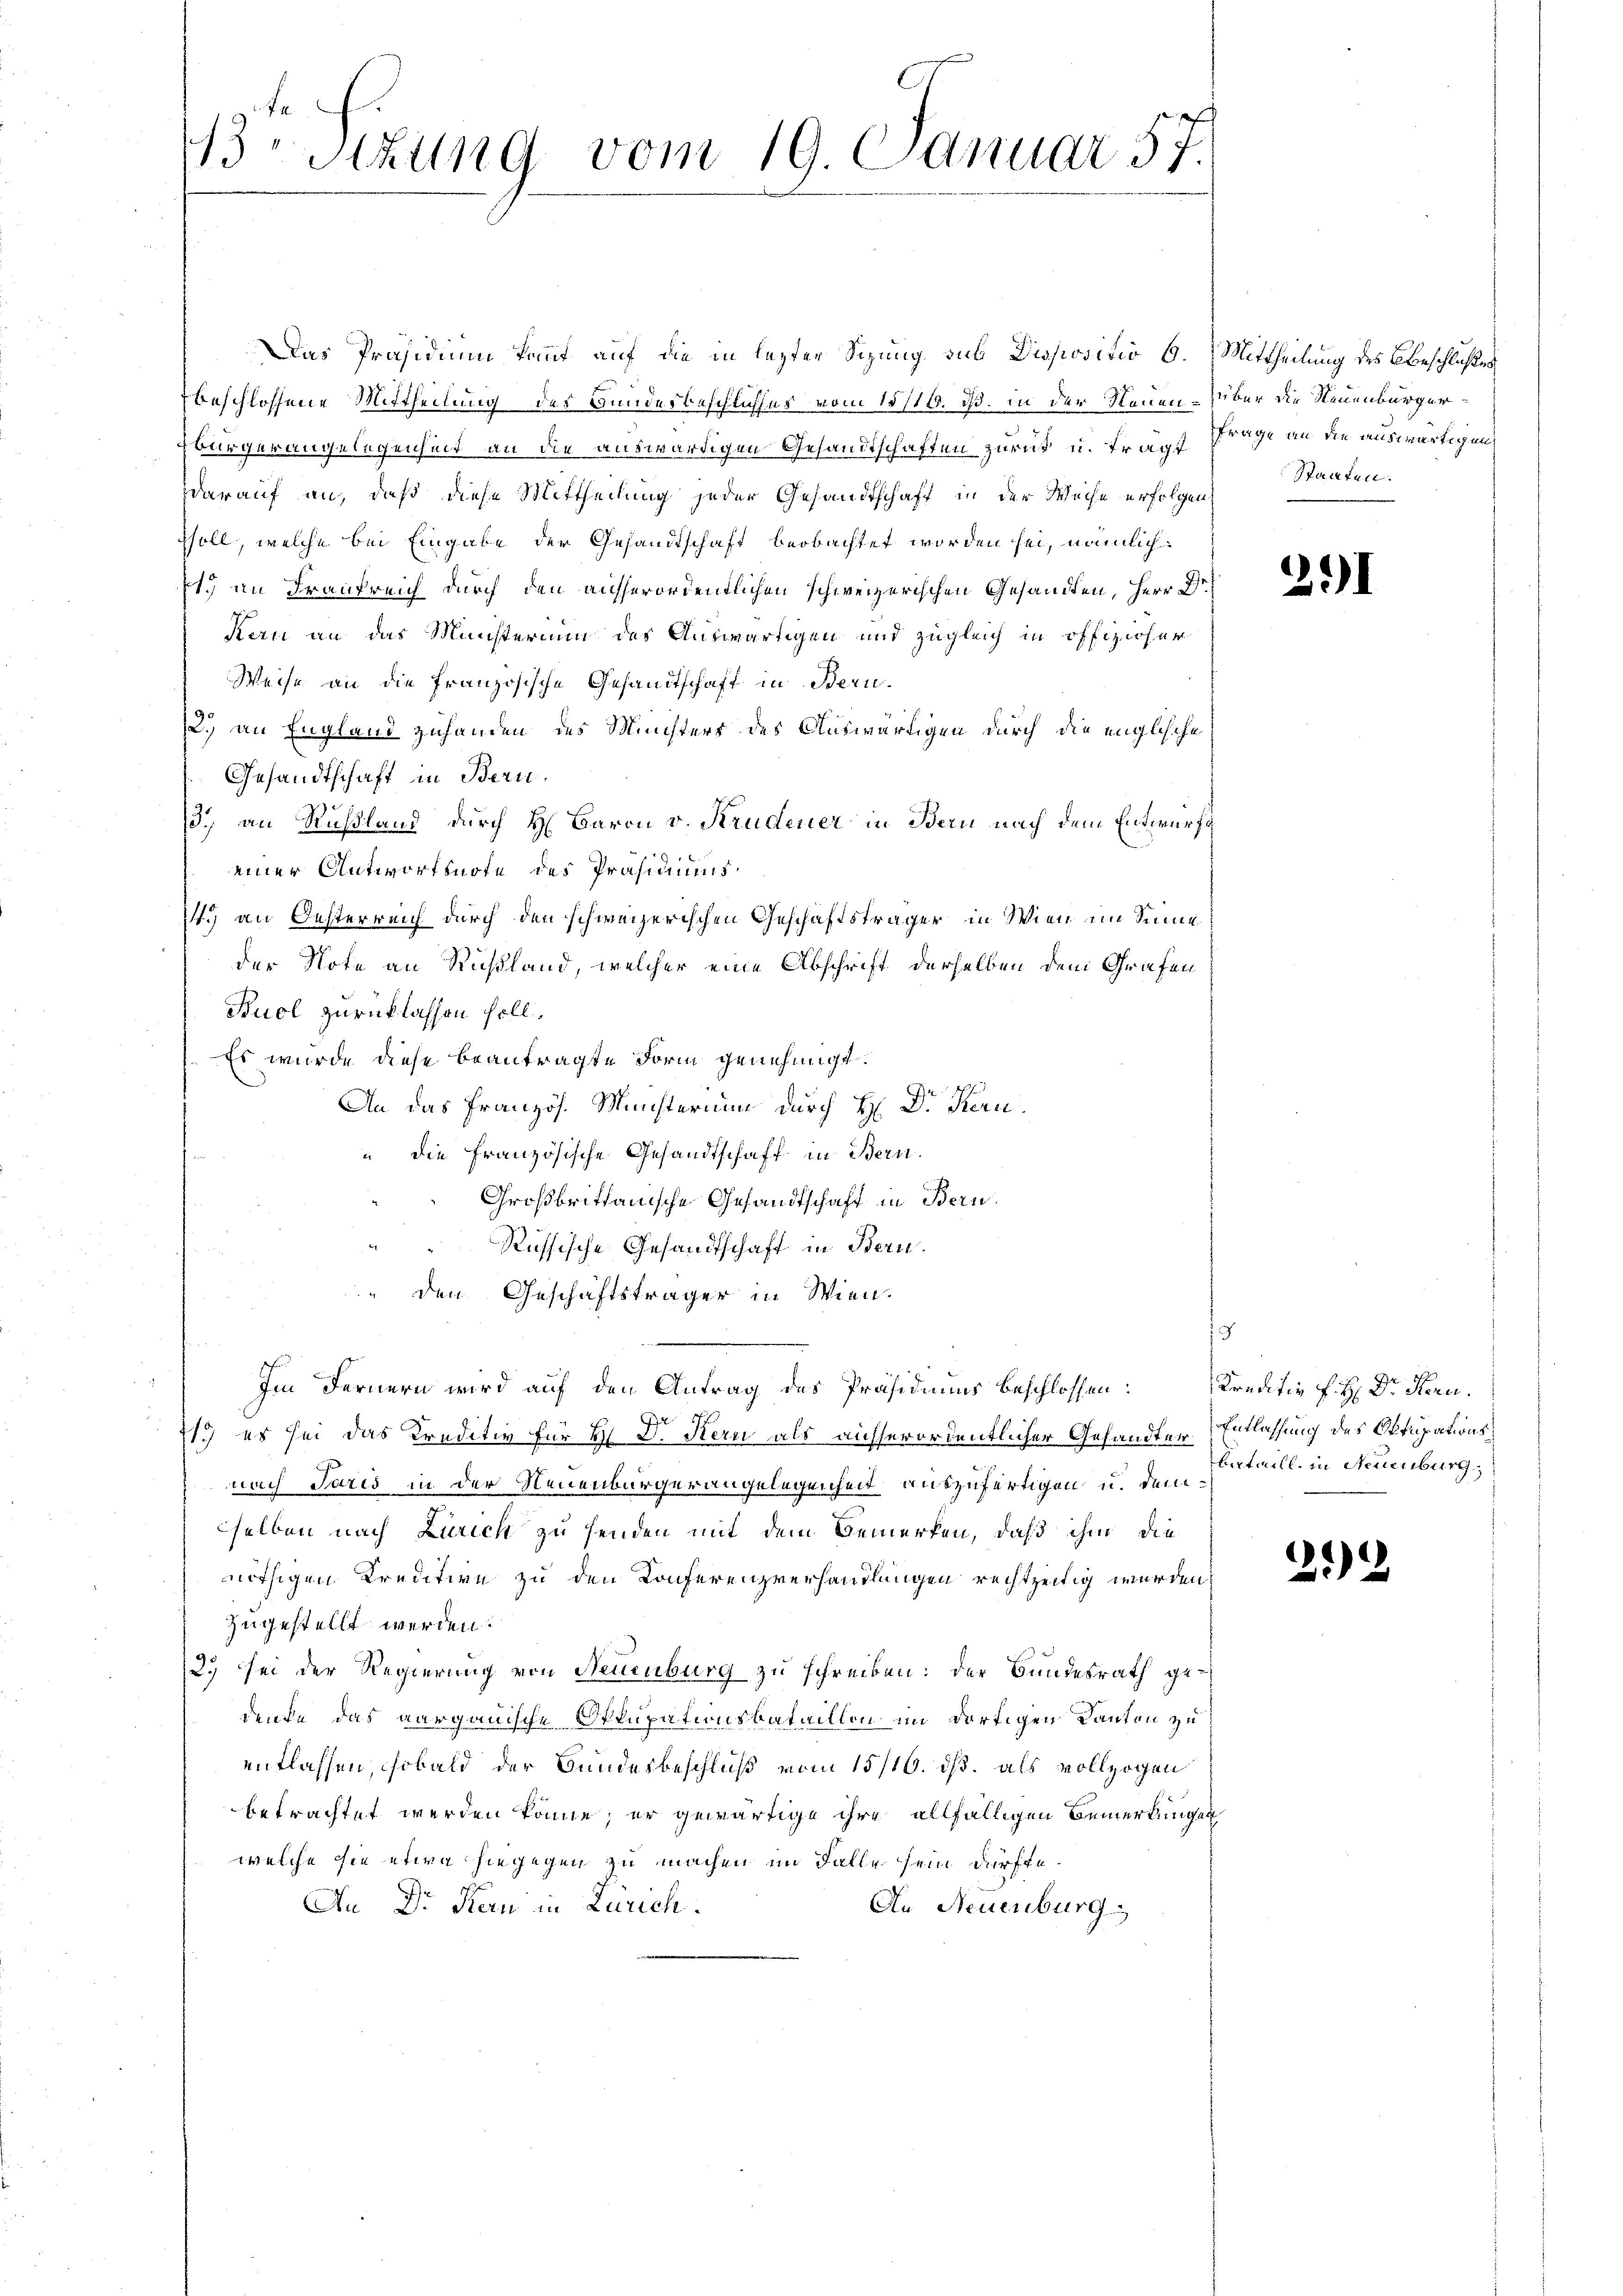
t.
13 schung vom 19. Januar 57.

Das Präsidium kommt auf die in letzten Sizung sub Dispositio 6. Mittheilung des Beschlußes
beschlossene Mittheilung des Bundesbeschliches vom 15/16. ds. in der Neuen über die Neuenburgerbürgerangelegenheit an die auswärtigen Gesandtschaften zurück u. frägt Frage an die auswärtigen
Darauf an, daß diese Mittheilung jeder Gesandtschaft in der Weise erfolgen,
ssoll, welche bei Eingabe der Gesandtschaft beobachtet worden sei, nämlich:
1.) an Fraukreich durch den aufserordentlichen schweizerischen Gesandten, Herr Dr
Keu an das Ministerium des Auswärtigen und zugleich in offiziöser
Weise an die französische Gesandtschaft in Bern-
2.) an England zuhanden des Ministers des Auswärtigen durch die englische
Gesandtschaft in Bern.
3.) an Rußland durch H. Baron v. Krudener in Bern nach dem Entwurfs
einer Antwortsnote des Präsidiums¬
4. an Oesterreich durch den schweizerischen Geschäftsträger in Wien im Sinne
der Note an Rußland, welcher eine Abschrift derselben dem Grafen
Buol zurücklassen soll.
Es wurde diese beantragte Form genehmigt.
An das Französ. Ministerium durch H: Dr. Kern,
" die französische Gesandtschaft in Bern.
Großbrittanische Gesandtschaft in Bern.
Russische Gesandtschaft in Bern.
" den Geschäftsträger in Wien.
.
Im Fernern wird auf den Antrag des Präsidiums beschlossen:

11.) es sei das Kreditiv für H S. Stern als ausserordentlicher Gesandter Entlassung des Oktupationsnach Paris in der Neuenburgerangelegenheit auszufertigen u. demselben nach Zürich zu senden mit dem Bemerken, daß ihm die
nöthigen Kreditive zu den Konferenzverhandlungen rechtzeitig werden,
zugestellt werden.
2.) sei der Regierung von Neuenburg zu schreiben: der Bundesrath gedenke, das aargauische Okkupationsbataillon im dortigen Kanton zu
entlassen, sobald der Bundesbeschluß vom 15/16. ds. als vollzogen
betrachtet werden könne; er gewärtige ihre allfälligen Bemerkungen
welche sie etwa hiegegen zu machen im Falle sein dürfte.
An Dr Kern in Zürich.
An Neuenburg

Staaten.

291

Kreditiv f: H: Dr. Kern.
Entwill in Neuenburg

21)